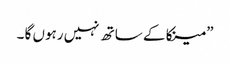
” مینکا کے ساتھ نہیں رہوں گا ۔